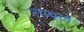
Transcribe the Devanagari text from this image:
साबणे